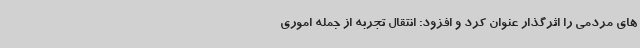
های مردمی را اثرگذار عنوان کرد و افزود: انتقال تجربه از جمله اموری